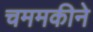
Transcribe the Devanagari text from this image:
चममकीने